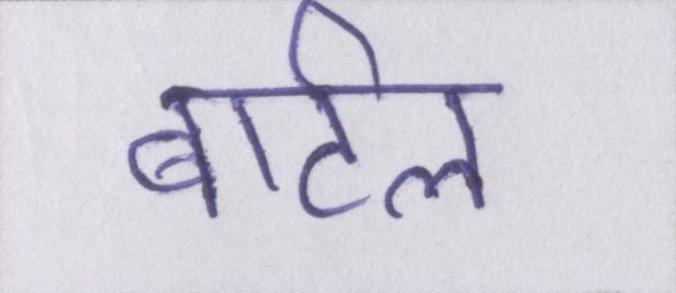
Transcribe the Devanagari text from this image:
बार्टल